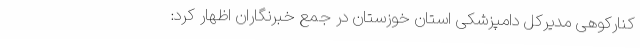
کنارکوهی مدیرکل دامپزشکی استان خوزستان در جمع خبرنگاران اظهار کرد: